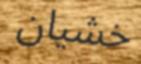
خشيان